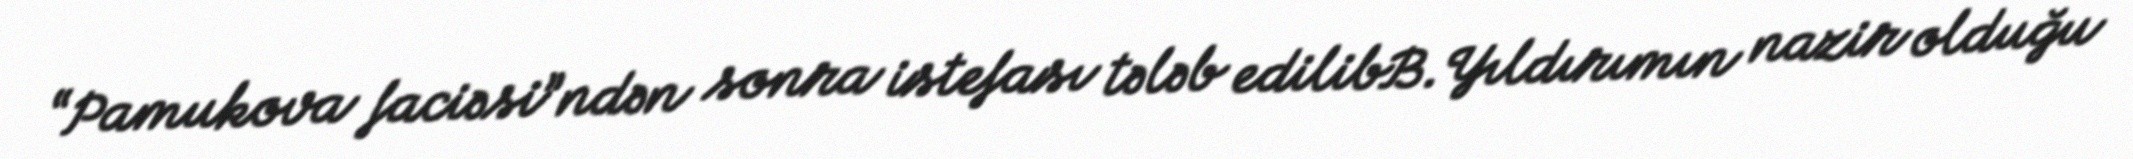
“Pamukova faciəsi”ndən sonra istefası tələb edilibB.Yıldırımın nazir olduğu